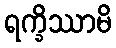
ရက္ခိဿာမိ